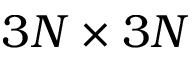
3 N \times 3 N